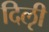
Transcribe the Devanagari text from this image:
दिऌी